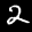
Label: 2